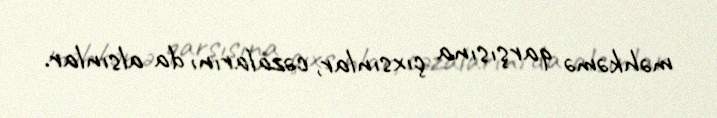
məhkəmə qarşısına çıxsınlar, cəzalarını da alsınlar.